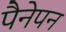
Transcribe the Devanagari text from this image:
पैनेपन